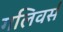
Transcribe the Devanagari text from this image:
गलिवर्स